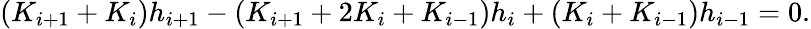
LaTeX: \left({{K_{i+1}}+{K_{i}}}\right){h_{i+1}}-\left({{K_{i+1}}+2{K_{i}}+{K_{i-1}}}\right){h_{i}}+\left({{K_{i}}+{K_{i-1}}}\right){h_{i-1}}=0.